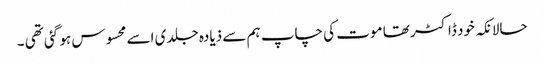
حالانکہ خود ڈاکٹر تھا موت کی چاپ ہم سے ذیادہ جلدی اسے محسوس ہو گئی تھی ۔